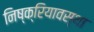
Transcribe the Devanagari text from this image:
निष्क्रियावस्था